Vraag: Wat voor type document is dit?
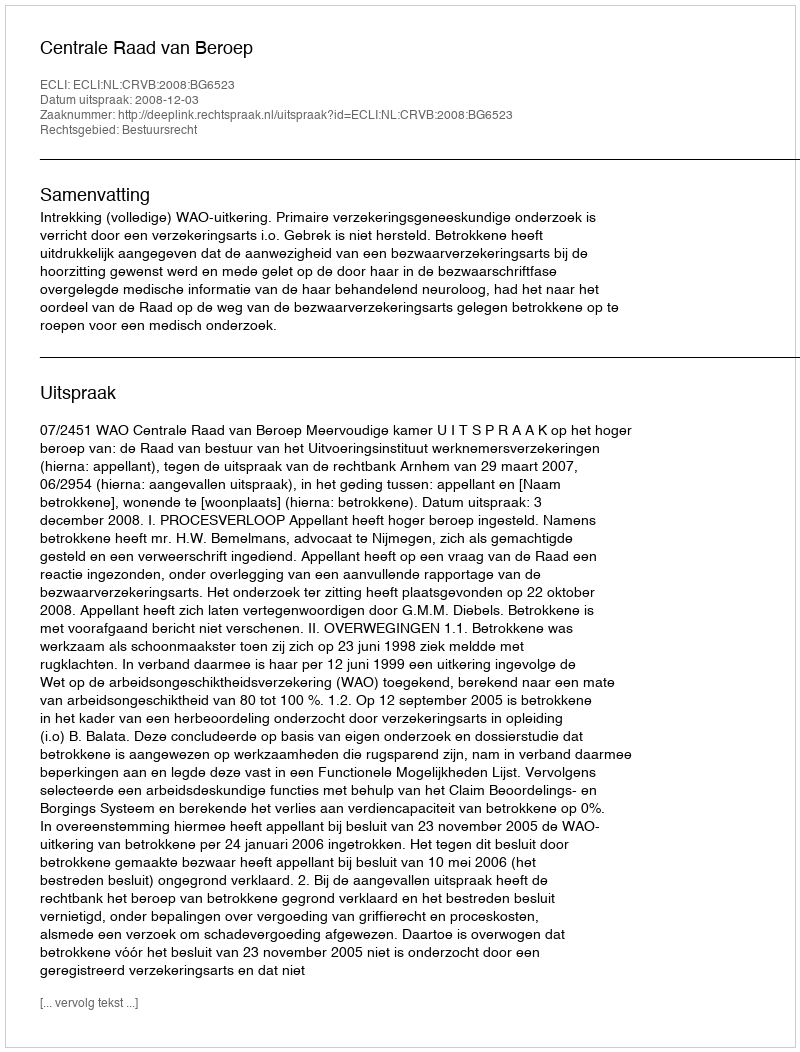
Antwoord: Uitspraak